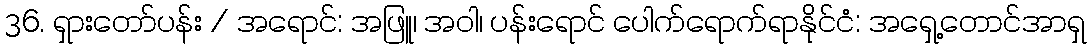
36. ရှားတော်ပန်း / အရောင်: အဖြူ၊ အဝါ၊ ပန်းရောင် ပေါက်ရောက်ရာနိုင်ငံ: အရှေ့တောင်အာရှ